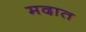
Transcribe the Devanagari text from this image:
मदात